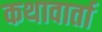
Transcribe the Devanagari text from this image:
कथावार्ता